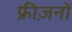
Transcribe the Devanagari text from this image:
फ्रीज़नों